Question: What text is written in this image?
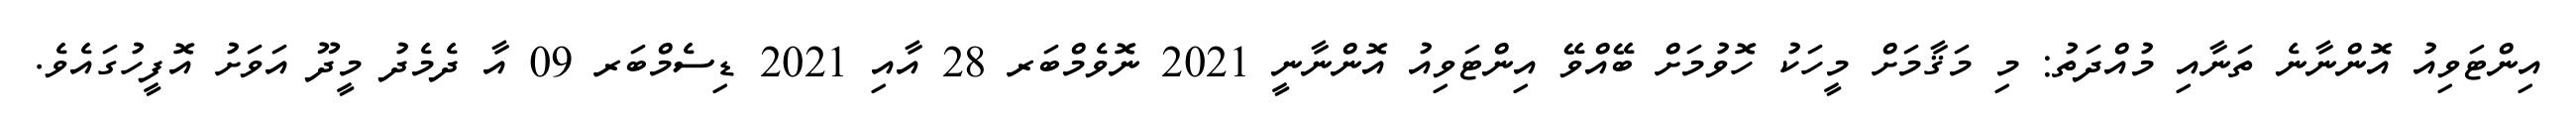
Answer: އިންޓަވިއު އޮންނާނެ ތަނާއި މުއްދަތު: މި މަޤާމަށް މީހަކު ހޮވުމަށް ބޭއްވޭ އިންޓަވިއު އޮންނާނީ 2021 ނޮވެމްބަރ 28 އާއި 2021 ޑިސެމްބަރ 09 އާ ދެމެދު މީދޫ އަވަށު އޮފީހުގައެވެ.